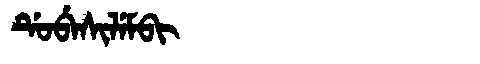
Manchu: ᡩᡠᠪᡝᠰᡳᠯᡝᠮᠪᡳ
Romanization: DUBESILEMBI